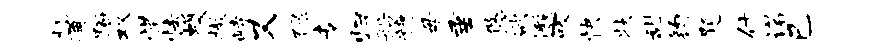
机通蹰双惜怯蠖撤峙又禄专归船糖毋垂悠欲邈吸快状甜钧题什诺己